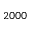
2 0 0 0